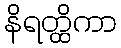
နိရတ္ထိကာ